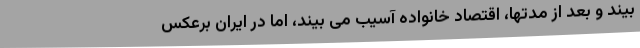
بیند و بعد از مدتها، اقتصاد خانواده آسیب می بیند، اما در ایران برعکس